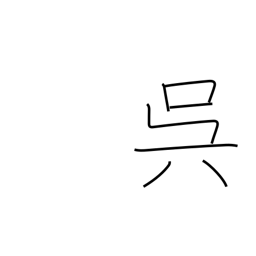
Meaning: do something for